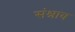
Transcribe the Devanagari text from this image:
संश्राव